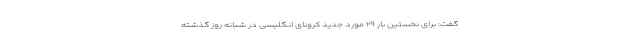
گفت: برای نخستین بار ۲۹ مورد جدید کرونای انگلیسی در شبانه روز گذشته